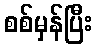
စစ်မှန်ပြီး